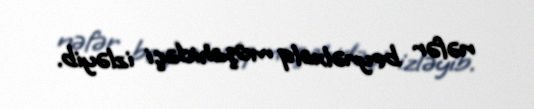
nəfər beynəlxalq müşahidəçi izləyib.